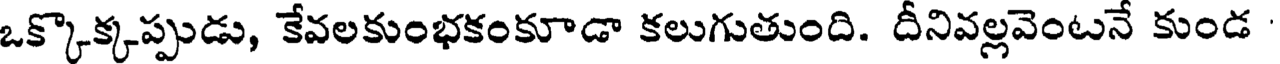
ఒక్కొక్కప్పుడు, కేవలకుంభకంకూడా కలుగుతుంది. దీనివల్లవెంటనే కుండ